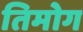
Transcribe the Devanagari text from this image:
तिमोग